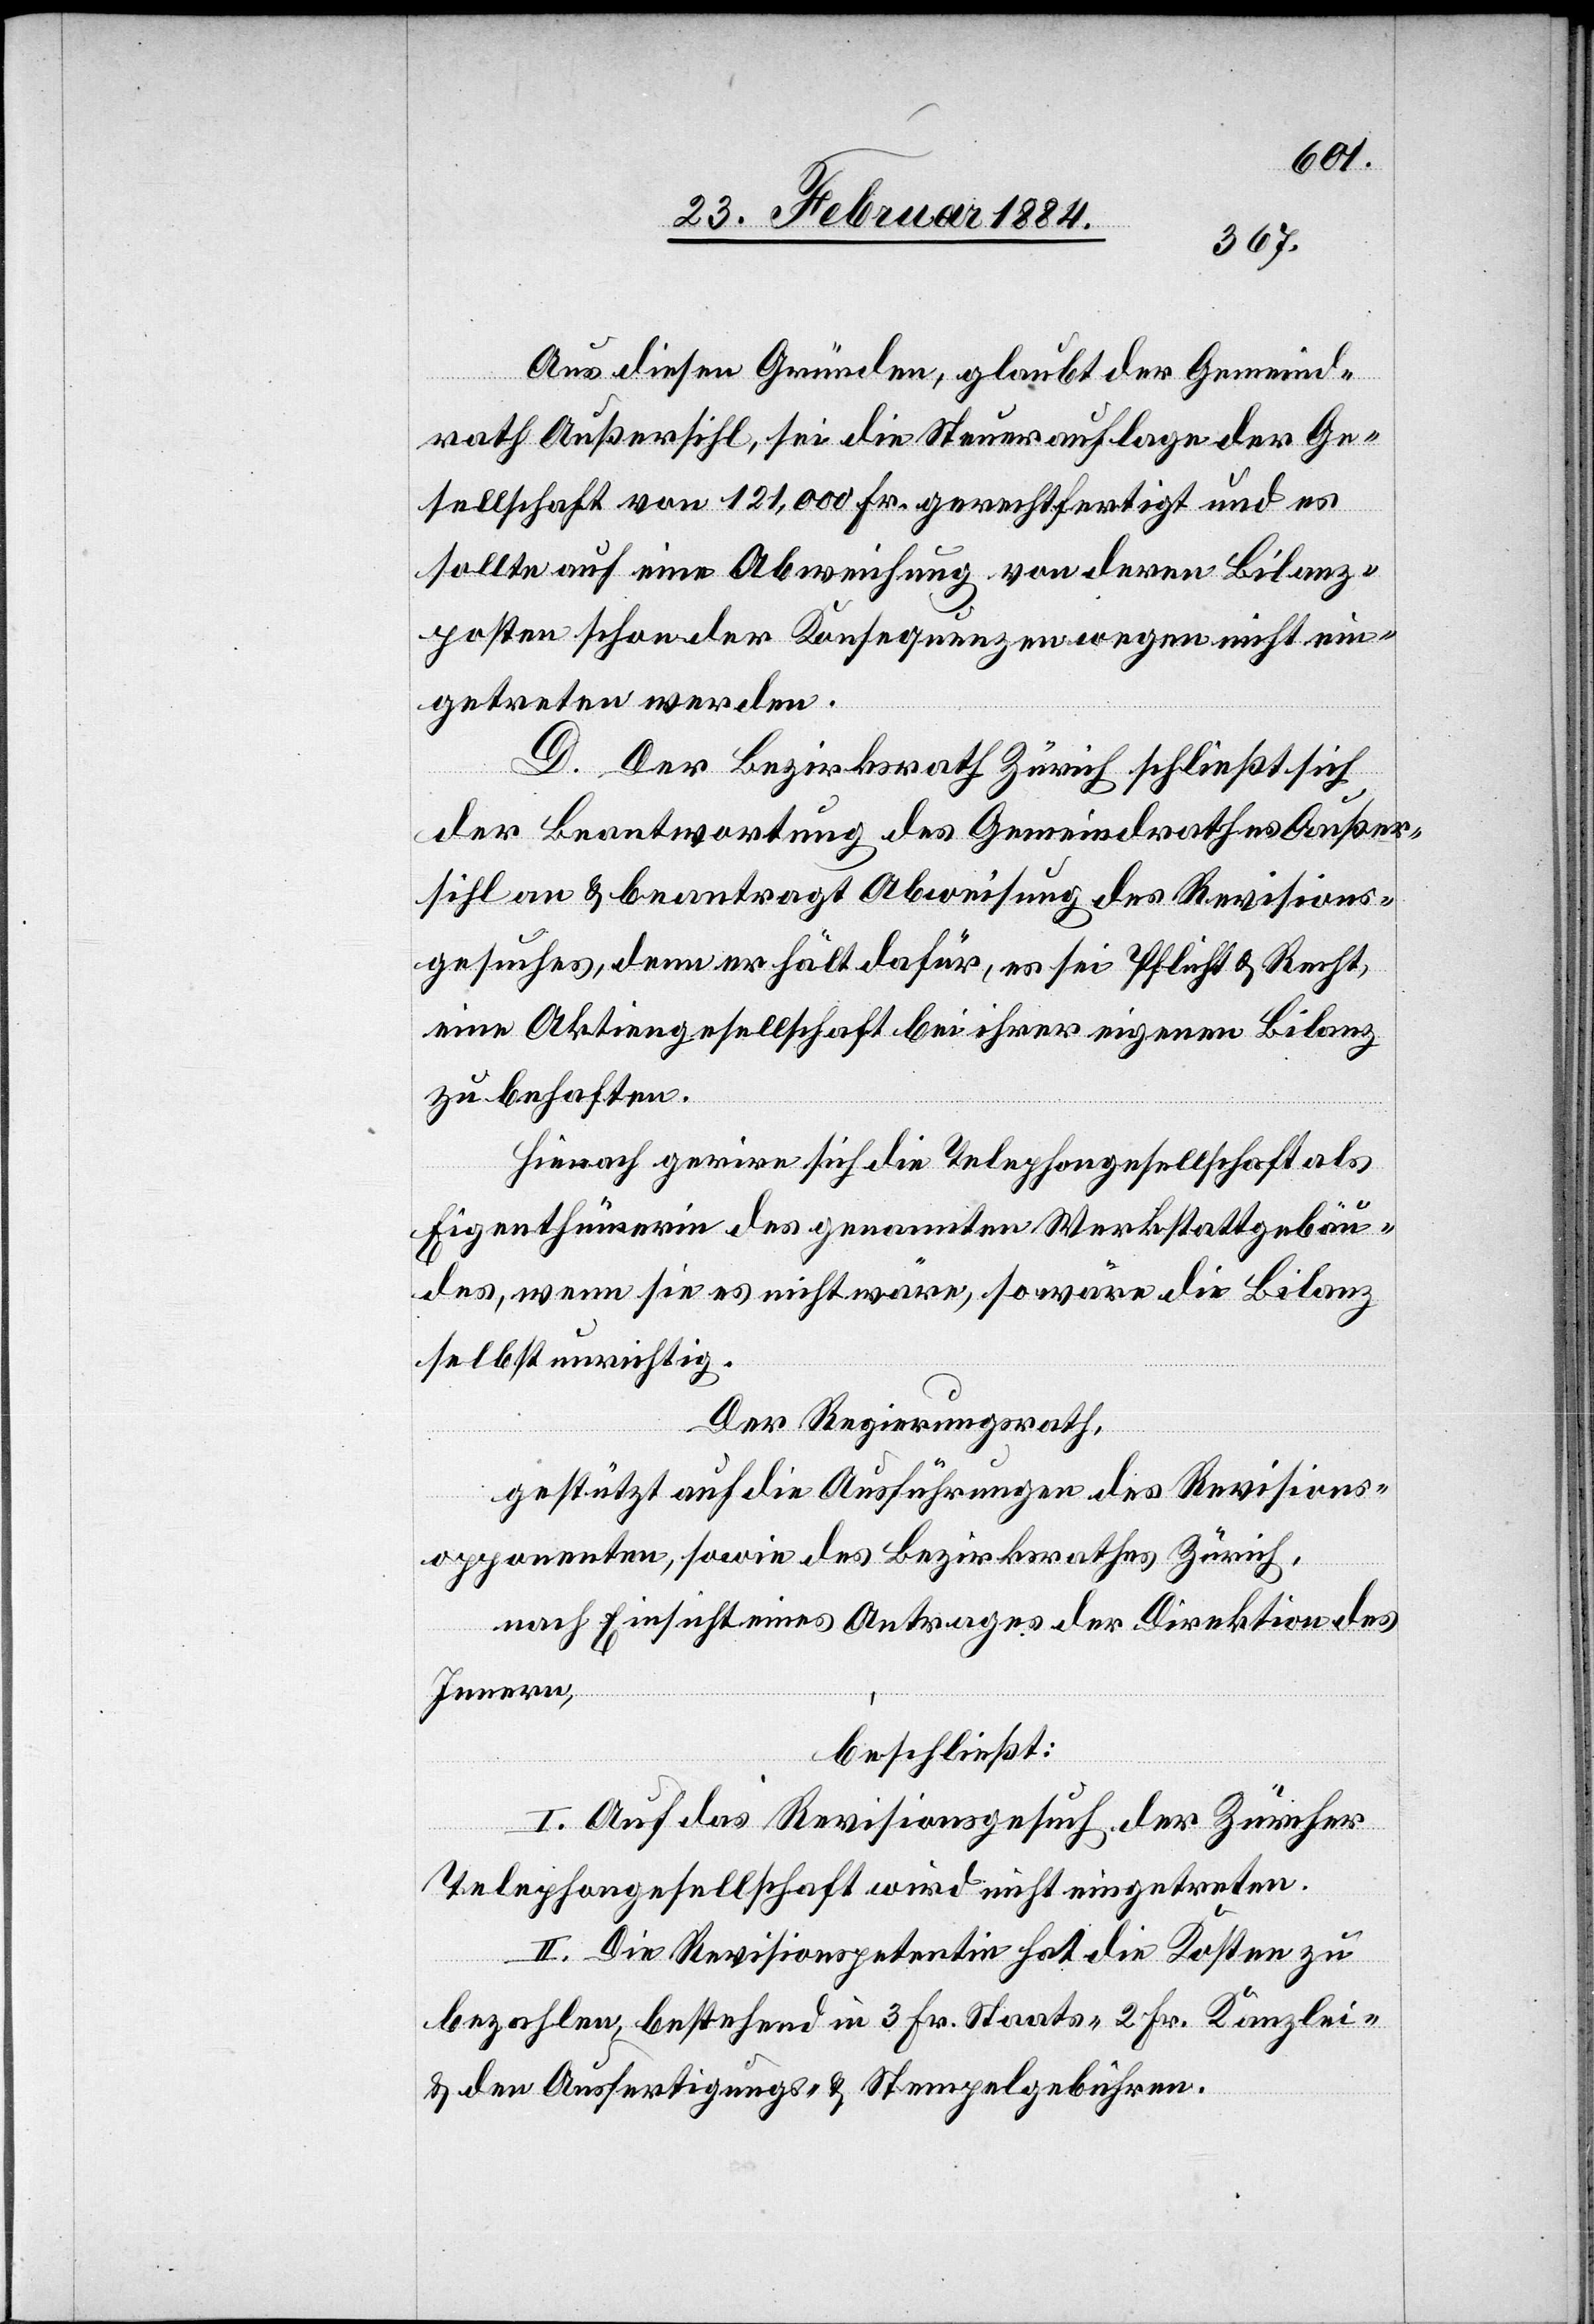
Aus diesen Gründen, glaubt der Gemeind¬
rath Außersihl, sei die Steuerauflage der Ge¬
sellschaft von 121,00 Fr. gerechtfertigt und es
sollte auf eine Abweisung von deren Bilanz¬
posten schon der Konsequenzen wegen nicht ein¬
getreten werden.
D. Der Bezirksrath Zürich schließt sich
der Beantwortung des Gemeindrathes Außer¬
sihl an & beantragt Abweisung des Revisions¬
gesuches, denn er hält dafür, es sei Pflicht & Recht,
eine Aktiengesellschaft bei ihrer eigenen Bilanz
zu behaften.
Hienach gerire sich die Telephongesellschaft als
Eigenthümerin des genannten Werkstattgebäu¬
des, wenn sie es nicht wäre, so wäre die Bilanz
selbst unrichtig.
Der Regierungsrath,
gestützt auf die Ausführungen des Revisions¬
opponenten, sowie des Bezirksrathes Zürich,
nach Einsicht eines Antrages der Direktion des
Innern,
beschließt:
I. Auf das Revisionsgesuch der Zürcher
Telephongesellschaft wird nicht eingetreten.
II. Die Revisionspetentin hat die Kosten zu
bezahlen, bestehend in 3 Fr. Staats-, 2 Fr. Kanzlei-
& den Ausfertigungs- & Stempelgebühren.